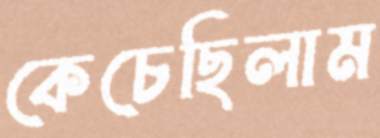
কেচেছিলাম